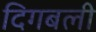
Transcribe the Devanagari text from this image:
दिगबली